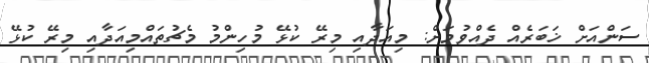
ސަންއަށް ޚަބަރެއް ދެއްވުމަށް: މިއަދާއި މިރޭ ކުޅޭ މުހިންމު މެޗުތައްމިއަދާއި މިރޭ ކުޅޭ